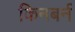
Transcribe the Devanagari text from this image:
किनबर्न